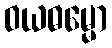
ဝယဓမ္မော